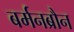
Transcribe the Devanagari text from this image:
बर्मनब्रौन